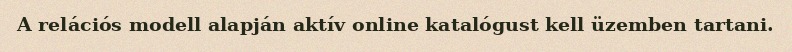
A relációs modell alapján aktív online katalógust kell üzemben tartani.